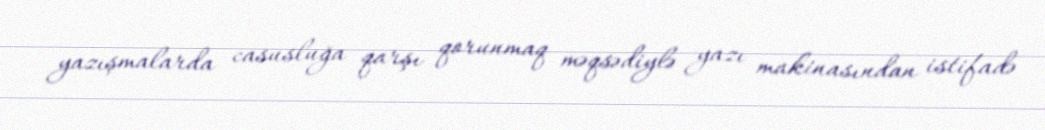
yazışmalarda casusluğa qarşı qorunmaq məqsədiylə yazı makinasından istifadə